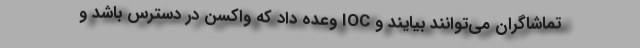
تماشاگران می‌توانند بیایند و IOC وعده داد که واکسن در دسترس باشد و